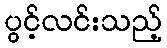
ပွင့်လင်းသည့်